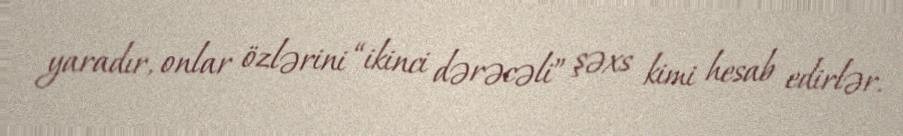
yaradır, onlar özlərini “ikinci dərəcəli” şəxs kimi hesab edirlər.